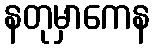
နတုမှာကေန